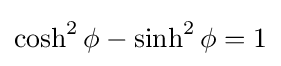
\cosh ^{2}\phi -\sinh ^{2}\phi =1